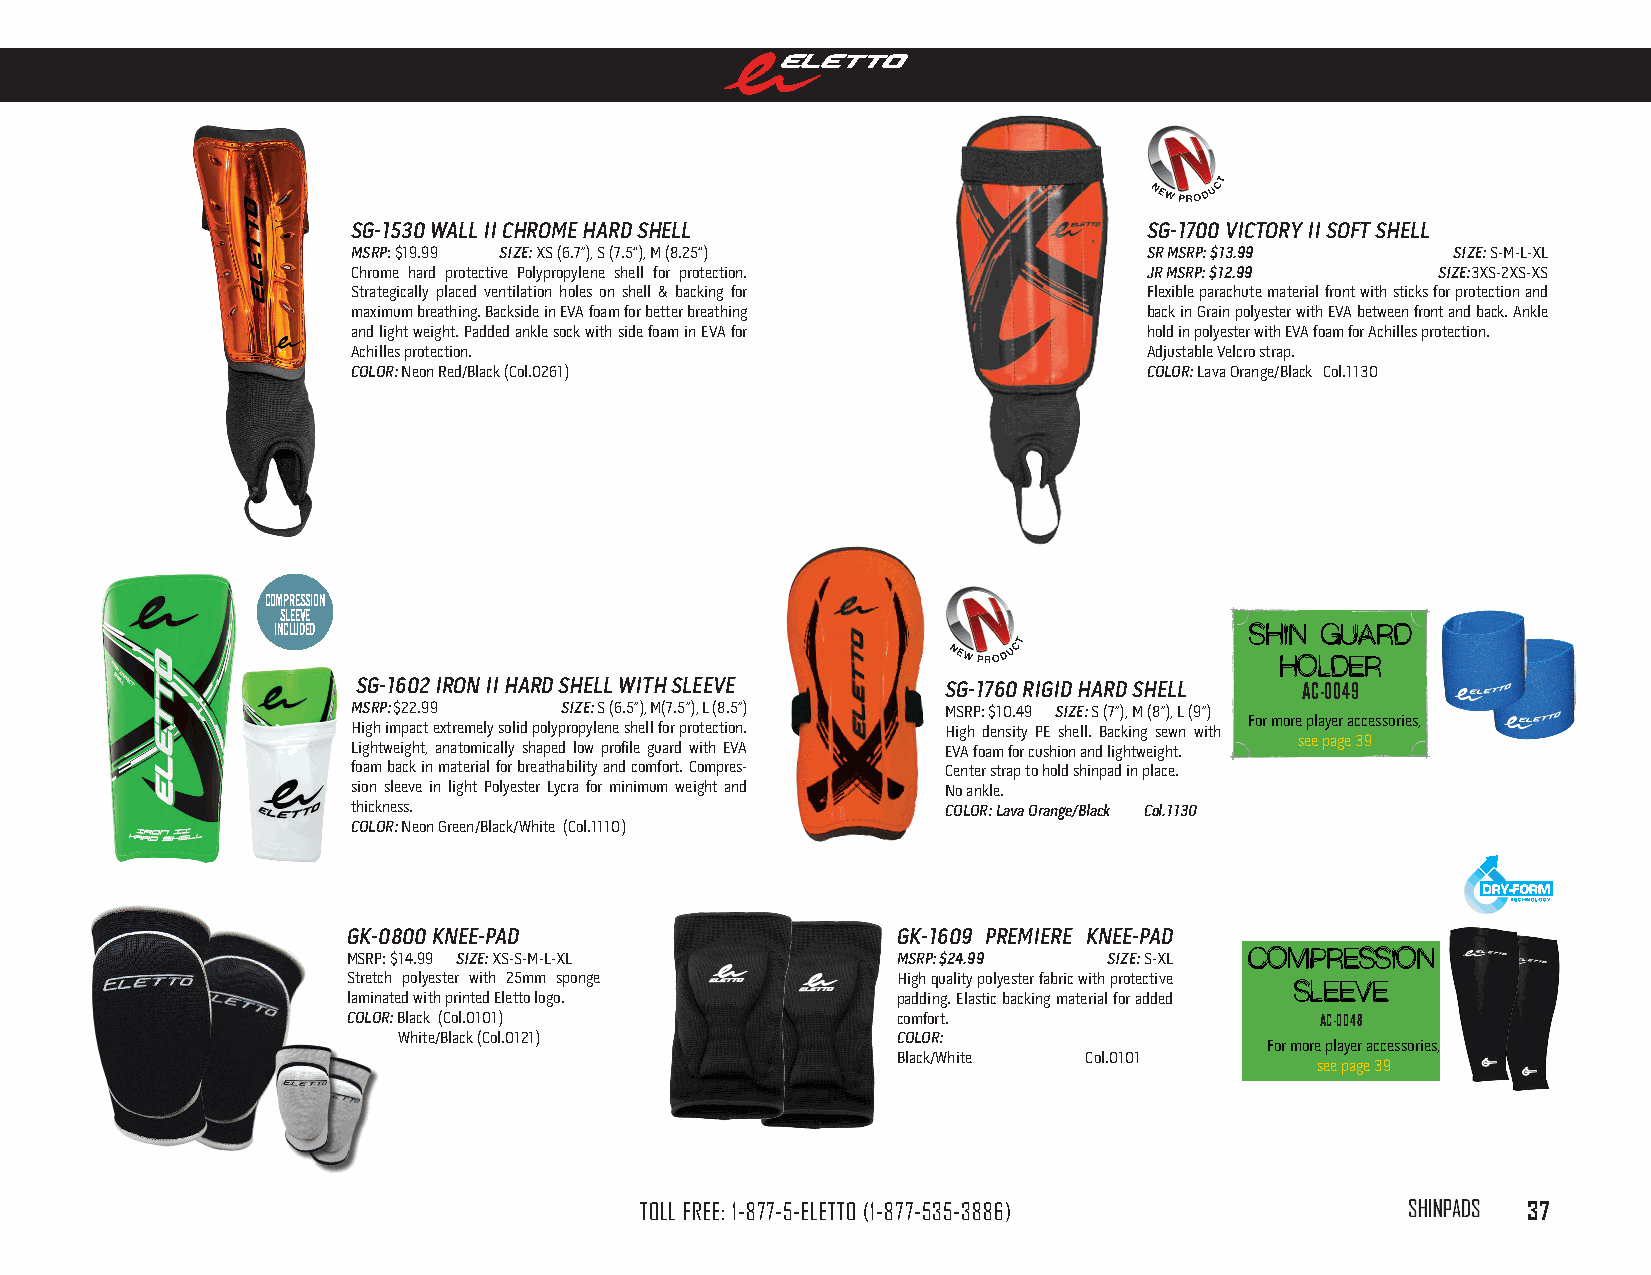
sg-1530 wAll ii chrome hArd shell                    sg-1700 vicTory ii soFT shell
 msrP: $19.99 size: XS (6.7”), S (7.5“), M (8.25“)    sr msrP: $13.99     size: S-M-L-XL
 Chrome hard protective Polypropylene shell for protection. Jr msrP: $12.99 size:3XS-2XS-XS
 Strategically placed ventilation holes on shell & backing for Flexible parachute material front with sticks for protection and
 maximum breathing. Backside in EVA foam for better breathing back in Grain polyester with EVA between front and back. Ankle
 and light weight. Padded ankle sock with side foam in EVA for hold in polyester with EVA foam for Achilles protection.
 Achilles protection.                                 Adjustable Velcro strap.
 color: Neon Red/Black (Col.0261)                     color: Lava Orange/Black Col.1130
 comprEssion
 sLEEvE
 incLUdEd                                                         Shin Guard
 holder
 sg-1602 iron ii hArd shell wiTh sleeve sg-1760 rigid hArd shell Ac-0049
 msrP: $22.99  size: S (6.5”), M(7.5”), L (8.5”) MSRP: $10.49 size: S (7”), M (8”), L (9”)
 For more player accessories,
 High impact extremely solid polypropylene shell for protection. High density PE shell. Backing sewn with
 see page 39
 Lightweight, anatomically shaped low profile guard with EVA EVA foam for cushion and lightweight.
 foam back in material for breathability and comfort. Compres- Center strap to hold shinpad in place.
 sion sleeve in light Polyester Lycra for minimum weight and No ankle.
 thickness.                              color: lava orange/Black col.1130
 color: Neon Green/Black/White (Col.1110)
 gk-0800 knee-PAd                    gk-1609 Premiere knee-PAd
 MSRP: $14.99 size: XS-S-M-L-XL      msrP: $24.99  size: S-XL CompreSSion
 Stretch polyester with 25mm sponge  High quality polyester fabric with protective
 SleeVe
 laminated with printed Eletto logo. padding. Elastic backing material for added
 color: Black (Col.0101)             comfort.                    Ac-0048
 White/Black (Col.0121)           color:
 For more player accessories,
 Black/White  Col.0101
 see page 39
 TOLL FREE: 1-877-5-ELETTO (1-877-535-3886)         ShinpaDS 37